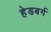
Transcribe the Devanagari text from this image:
हेडबर्ग